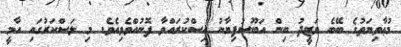
މުޢާވިޔަތުގެ ބޭބެ ޔަޒީދު ބިން އަބޫސުފިޔާނު އިސްކުރައްވާ ފޮނުއްވެވިއެވެ. މި ލަސްކަރުގައި އާމީ